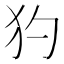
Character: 犳